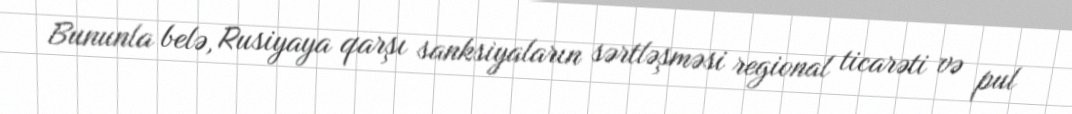
Bununla belə, Rusiyaya qarşı sanksiyaların sərtləşməsi regional ticarəti və pul